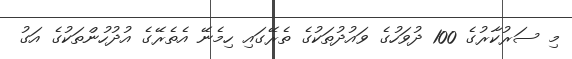
މި ސަރުކާރުގެ 100 ދުވަހުގެ ވައުދުތަކުގެ ތެރޭގައި ހިމެނޭ އެތެރޭގެ އުދުހުންތަކުގެ އަގު